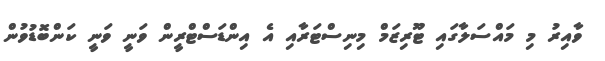
ވާއިރު މި މައްސަލާގައި ޓޫރިޒަމް މިނިސްޓަރާއި އެ އިންޑަސްޓްރީން ވަނީ ވަނީ ކަންބޮޑުވުން